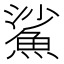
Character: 鯊